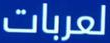
لعربات